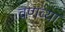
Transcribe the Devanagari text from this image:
वणव्या